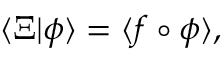
\langle \Xi | \phi \rangle = \langle f \circ \phi \rangle ,